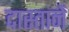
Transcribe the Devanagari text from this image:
दास्तानें